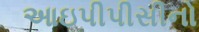
આઇપીપીસીનો